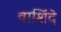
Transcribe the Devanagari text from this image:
वाशिंदे